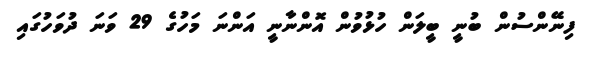
ފިނޭންސުން ބުނީ ބީލަން ހުޅުވުން އޮންނާނީ އަންނަ މަހުގެ 29 ވަނަ ދުވަހުގައި